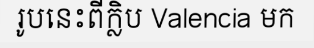
រូបនេះពីក្លិប Valencia មក